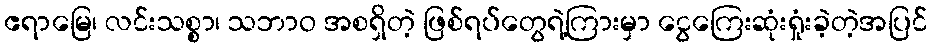
ဧရာမြေ၊ လင်းသစ္စာ၊ သဘာဝ အစရှိတဲ့ ဖြစ်ရပ်တွေရဲ့ကြားမှာ ငွေကြေးဆုံးရှုံးခဲ့တဲ့အပြင်